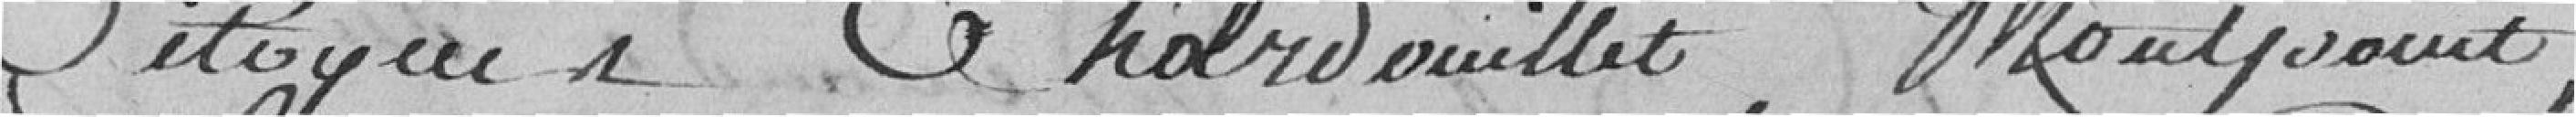
citoyens  Chardouillet, .......